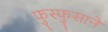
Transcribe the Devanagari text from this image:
फुस्फुसाने